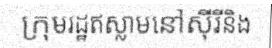
ក្រុមរដ្ឋឥស្លាមនៅស៊ីរីនិង